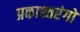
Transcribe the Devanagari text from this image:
प्रकाश्तरंगों